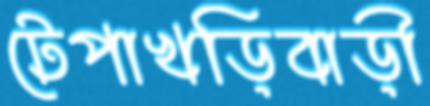
টেপাখড়িবাড়ী